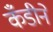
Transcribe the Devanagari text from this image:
कँडीने